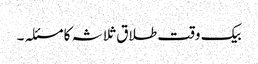
بیک وقت طلاق ثلاثہ کا مسئلہ ۔